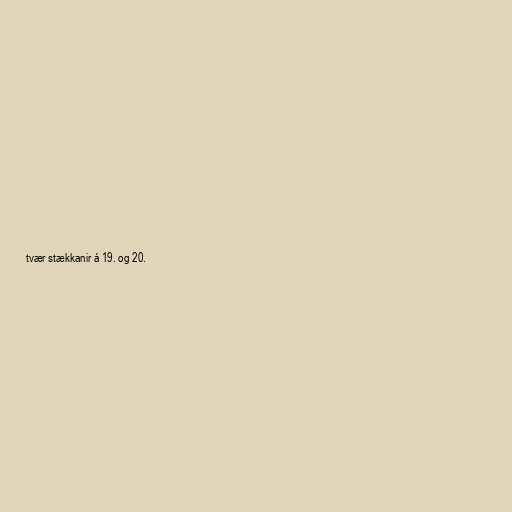
tvær stækkanir á 19. og 20.